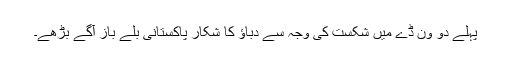
پہلے دو وَن ڈے میں شکست کی وجہ سے دباؤ کا شکار پاکستانی بلے باز آگے بڑھے۔